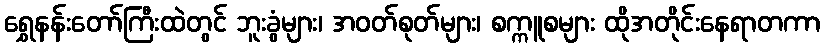
ရွှေနန်းတော်ကြီးထဲတွင် ဘူးခွံများ၊ အဝတ်စုတ်များ၊ စက္ကူစများ ထိုအတိုင်းနေရာတကာ